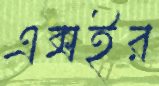
এক্সইর